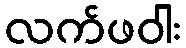
လက်ဖဝါး